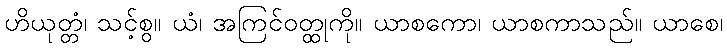
ဟိယုတ္တံ၊ သင့်စွ။ ယံ၊ အကြင်ဝတ္ထုကို။ ယာစကော၊ ယာစကာသည်။ ယာစေ၊